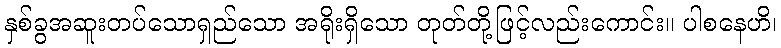
နှစ်ခွအဆူးတပ်သောရှည်သော အရိုးရှိသော တုတ်တို့ဖြင့်လည်းကောင်း။ ပါစနေဟိ၊